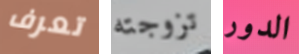
تعرف تزوجته الدور